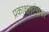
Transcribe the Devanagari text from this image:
प्रकाशतरंगांवर